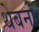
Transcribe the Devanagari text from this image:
थेबनों